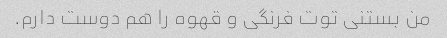
من بستنی توت فرنگی و قهوه را هم دوست دارم.